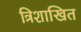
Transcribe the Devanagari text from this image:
त्रिशाखित